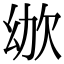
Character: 𣢜